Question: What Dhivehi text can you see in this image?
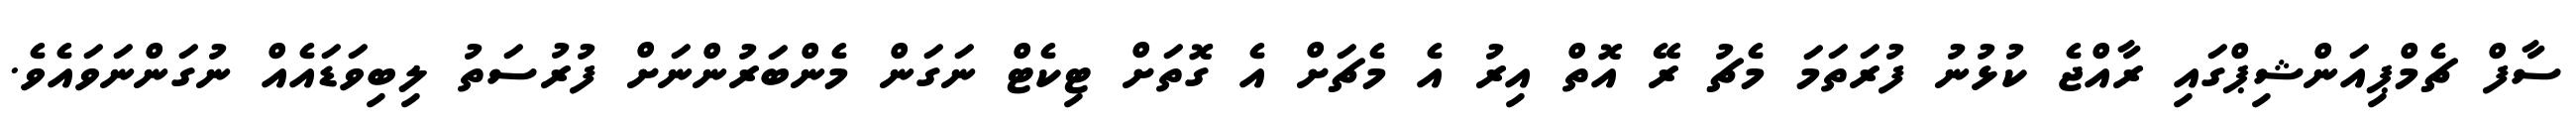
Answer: ސާފް ޗެމްޕިއަންޝިޕްގައި ރާއްޖެ ކުޅުނު ފުރަތަމަ މެޗު ރޭ އޮތް އިރު އެ މެޗަށް އެ ގޮތަށް ޓިކެޓް ނަގަން މެންބަރުންނަށް ފުރުސަތު ލިބިވަޑައެއް ނުގަންނަވައެވެ.